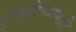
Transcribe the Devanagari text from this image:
हुस्कविण्यासाठी